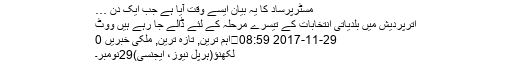
مسٹرپرساد کا یہ بیان ایسے وقت آیا ہے جب ایک دن …
اترپردیش میں بلدیاتی انتخابات کے تیسرے مرحلہ کے لئے ڈالے جا رہے ہیں ووٹ
29-11-2017 08:59	اہم ترین, تازہ ترین, ملکی خبریں 0
لکھنؤ(ہرپل نیوز، ایجنسی)29نومبر۔